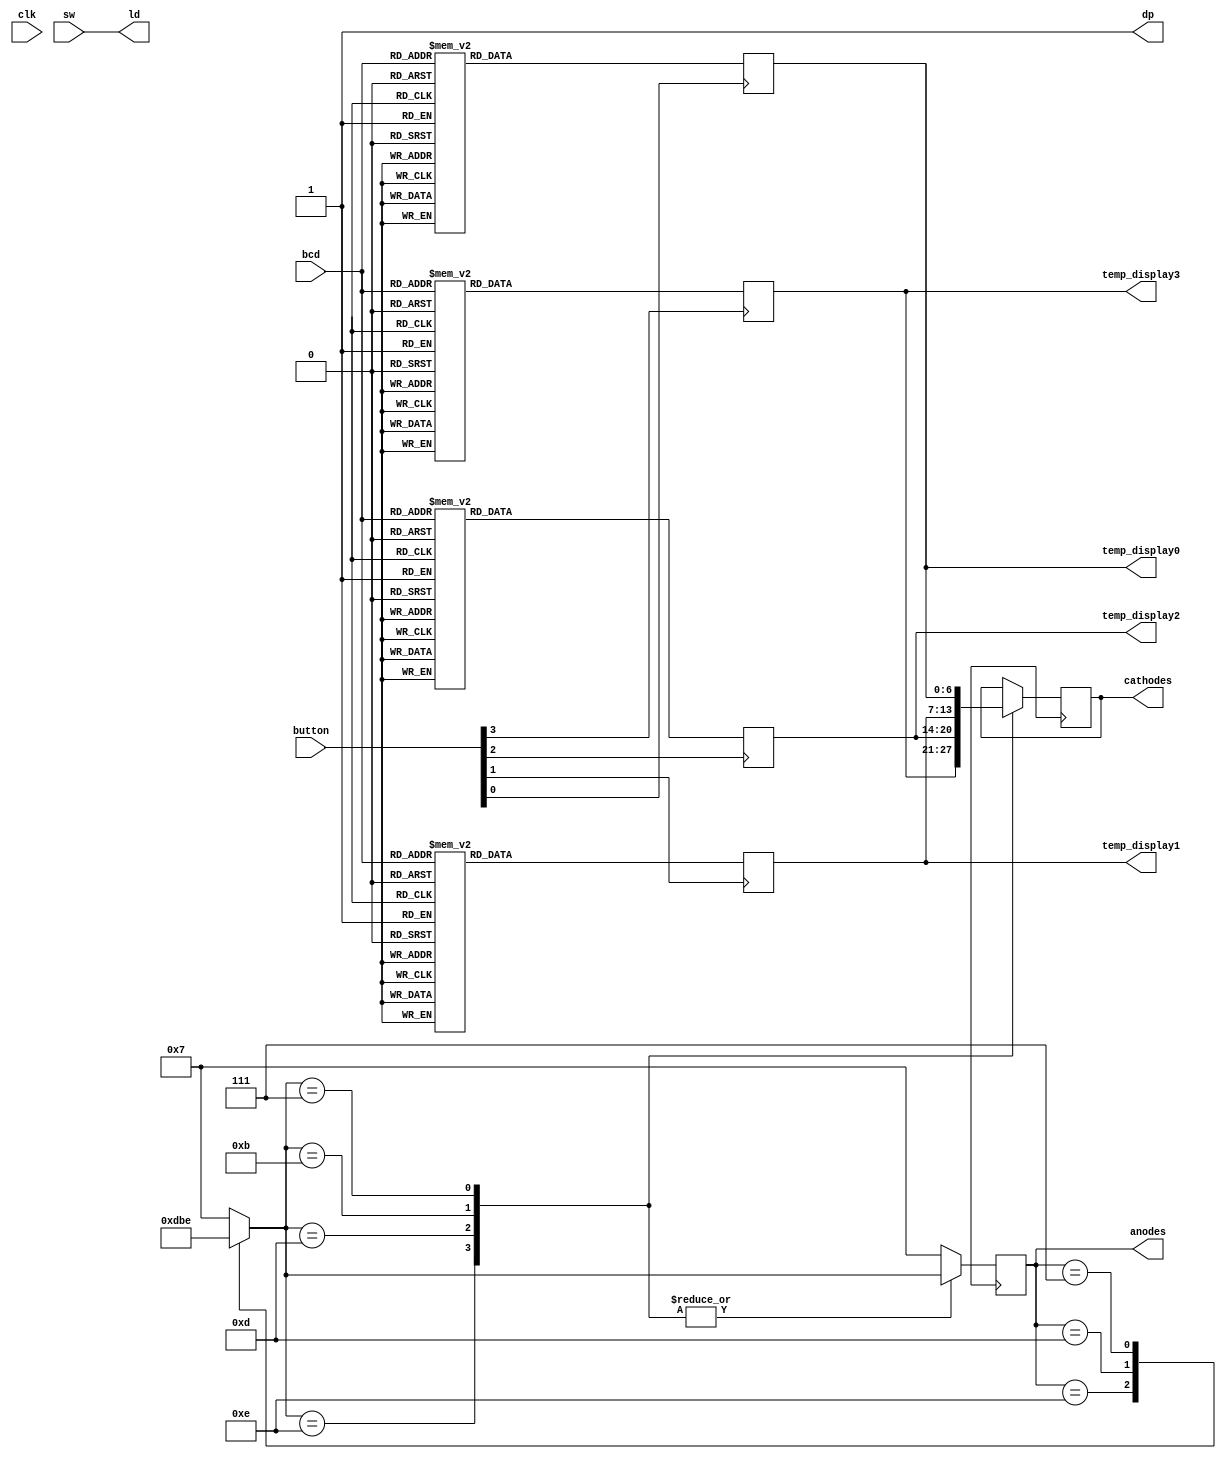
`timescale 1ns / 1ps
//////////////////////////////////////////////////////////////////////////////////
// Company: 
// Engineer: 
// 
// Design Name: 
// Module Name:    Project1 
// Project Name: 
// Target Devices: 
// Tool versions: 
// Description: 
//
// Dependencies: 
//
// Revision: 
// Revision 0.01 - File Created
// Additional Comments: 
//
//////////////////////////////////////////////////////////////////////////////////
module Project1(sw, ld, bcd, button, clk, cathodes, anodes, temp_display0, temp_display1, temp_display2, temp_display3 , dp
    );
	 
input clk;
reg slow_clock;
input wire [3:0] sw;
input [3:0] bcd;
input [3:0] button;
output wire [3:0] ld;
output reg [6:0] temp_display0;
output reg [6:0] temp_display1;
output reg [6:0] temp_display2;
output reg [6:0] temp_display3;
output reg [6:0] cathodes;
output reg [3:0] anodes;
output wire dp;


assign ld = sw;
assign dp = 1;

initial 
begin
temp_display0 = 7'b0000001;
temp_display1 = 7'b0000001;
temp_display2 = 7'b0000001;
temp_display3 = 7'b0000001;
end

always@( posedge button[0]) begin
        case (bcd)
            0 : temp_display0 = 7'b0000001;
            1 : temp_display0 = 7'b1001111;
            2 : temp_display0 = 7'b0010010;
            3 : temp_display0 = 7'b0000110;
            4 : temp_display0 = 7'b1001100;
            5 : temp_display0 = 7'b0100100;
            6 : temp_display0 = 7'b0100000;
            7 : temp_display0 = 7'b0001111;
            8 : temp_display0 = 7'b0000000;
            9 : temp_display0 = 7'b0000100;
			  10 : temp_display0 = 7'b0001000;
			  11 : temp_display0 = 7'b1100000;
			  12 : temp_display0 = 7'b0110001;
			  13 : temp_display0 = 7'b1000010;
			  14 : temp_display0 = 7'b0110000;
			  15 : temp_display0 = 7'b0111000;
           default : temp_display0 = 7'b1111111;
        endcase
	 end

always@(posedge button[1]) begin
case(bcd)
		   0 : temp_display1 = 7'b0000001;
            1 : temp_display1 = 7'b1001111;
            2 : temp_display1 = 7'b0010010;
            3 : temp_display1 = 7'b0000110;
            4 : temp_display1 = 7'b1001100;
            5 : temp_display1 = 7'b0100100;
            6 : temp_display1 = 7'b0100000;
            7 : temp_display1 = 7'b0001111;
            8 : temp_display1 = 7'b0000000;
            9 : temp_display1 = 7'b0000100;
			  10 : temp_display1 = 7'b0001000;
			  11 : temp_display1 = 7'b1100000;
			  12 : temp_display1 = 7'b0110001;
			  13 : temp_display1 = 7'b1000010;
			  14 : temp_display1 = 7'b0110000;
			  15 : temp_display1 = 7'b0111000;
             default : temp_display1 = 7'b1111111;
endcase
end

always@(posedge button[2]) begin
case(bcd)
		  0 : temp_display2 = 7'b0000001;
            1 : temp_display2 = 7'b1001111;
            2 : temp_display2 = 7'b0010010;
            3 : temp_display2 = 7'b0000110;
            4 : temp_display2 = 7'b1001100;
            5 : temp_display2 = 7'b0100100;
            6 : temp_display2 = 7'b0100000;
            7 : temp_display2 = 7'b0001111;
            8 : temp_display2 = 7'b0000000;
            9 : temp_display2 = 7'b0000100;
			  10 : temp_display2 = 7'b0001000;
			  11 : temp_display2 = 7'b1100000;
			  12 : temp_display2 = 7'b0110001;
			  13 : temp_display2 = 7'b1000010;
			  14 : temp_display2 = 7'b0110000;
			  15 : temp_display2 = 7'b0111000;
             default : temp_display2 = 7'b1111111; 
endcase
end
	
	
always@(posedge button[3]) begin
case(bcd)
		  0 : temp_display3 = 7'b0000001;
            1 : temp_display3 = 7'b1001111;
            2 : temp_display3 = 7'b0010010;
            3 : temp_display3 = 7'b0000110;
            4 : temp_display3 = 7'b1001100;
            5 : temp_display3 = 7'b0100100;
            6 : temp_display3 = 7'b0100000;
            7 : temp_display3 = 7'b0001111;
            8 : temp_display3 = 7'b0000000;
            9 : temp_display3 = 7'b0000100;
			  10 : temp_display3 = 7'b0001000;
			  11 : temp_display3 = 7'b1100000;
			  12 : temp_display3 = 7'b0110001;
			  13 : temp_display3 = 7'b1000010;
			  14 : temp_display3 = 7'b0110000;
			  15 : temp_display3 = 7'b0111000;   
            default : temp_display3 = 7'b1111111; 
endcase
end


task create_slow_clock;
 input clock;
 inout slow_clock;
 integer count;
 begin
 if (count > 250000)
 begin
 count=0;
 slow_clock = ~slow_clock;
 end
 count = count+1;
 end
 endtask

always @(posedge clk)
 create_slow_clock(clk, slow_clock); 
 
 always @(posedge slow_clock)
 begin
 case (anodes)
 4'b 1110: anodes = 4'b 1101;
 4'b 1101: anodes = 4'b 1011;
 4'b 1011: anodes = 4'b 0111;
 4'b 0111: anodes = 4'b 1110; 
	default: anodes=1111;
 endcase 
 case (anodes)
 4'b 1110: cathodes=temp_display3;
 4'b 1101: cathodes=temp_display2;
 4'b 1011: cathodes=temp_display1;
 4'b 0111: cathodes=temp_display0;
		default: anodes=1111;
	endcase
	end
	
endmodule